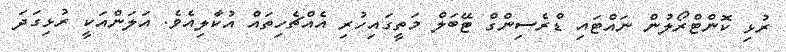
ރުޅި ކޮންޓްރޯލުން ނައްޓައި ޑްރެސިންގް ޓޭބަލް މަތީގައިހުރި އެއްޗެހިތައް އުކާލިއެވެ. އަލަންއަކީ ރުޅިގަދަ